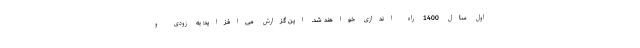
اول سال 1400 راه اندازی خواهند شد. این گزارش می‌افزاید: به زودی و